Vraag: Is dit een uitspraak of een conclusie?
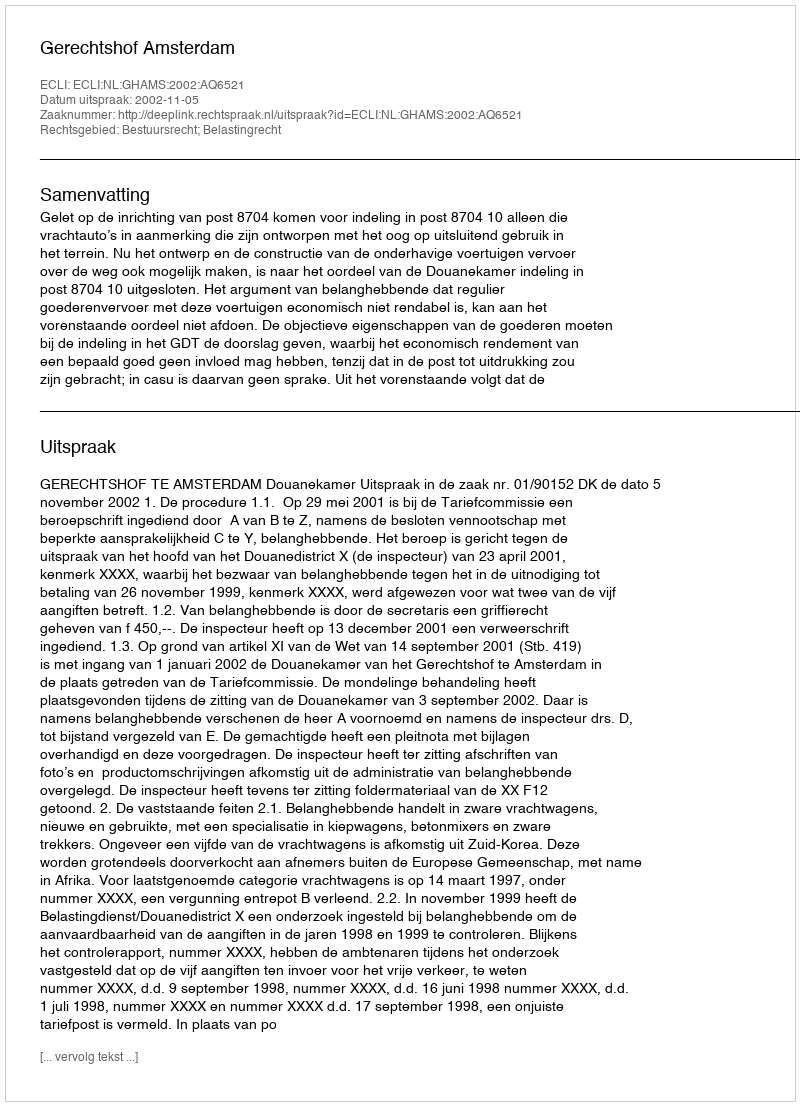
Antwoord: Uitspraak